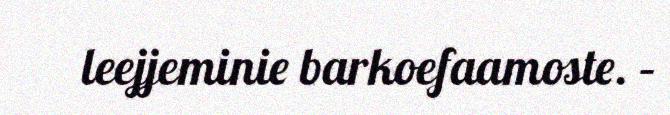
leejjeminie barkoefaamoste. –